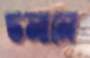
ডলালে